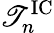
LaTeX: \mathscr{T}_{n}^{\mathrm{{IC}}}